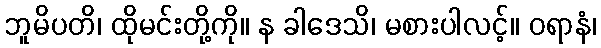
ဘူမိပတိ၊ ထိုမင်းတို့ကို။ န ခါဒေသိ၊ မစားပါလင့်။ ဝရာနံ၊